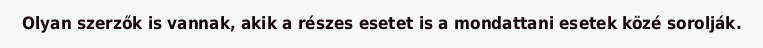
Olyan szerzők is vannak, akik a részes esetet is a mondattani esetek közé sorolják.